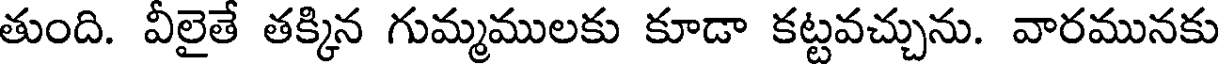
తుంది. వీలైతే తక్కిన గుమ్మములకు కూడా కట్టవచ్చును. వారమునకు